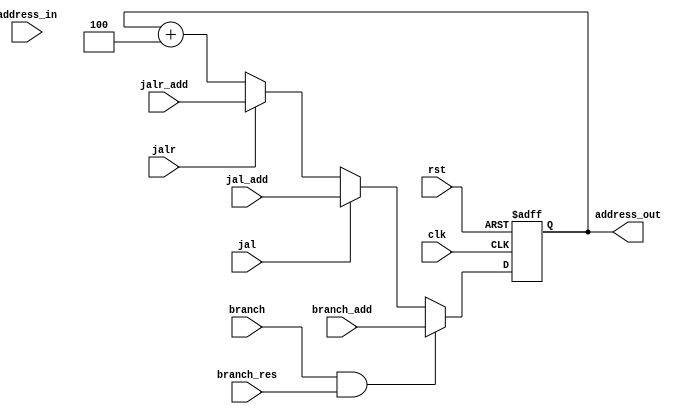
module pc (
    input wire clk,
    input wire rst,
    input wire branch,
    input wire jal,
    input wire jalr,
    input wire branch_res,
    input wire [31:0]address_in,
    input wire [31:0]branch_add,
    input wire [31:0]jal_add,
    input wire [31:0]jalr_add,
    output reg [31:0]address_out
);

always @(posedge clk or negedge rst) begin
    if(!rst)begin
        address_out <= 0;
    end
    else if(branch && branch_res ) begin
        address_out <= branch_add;
    end
    else if (jal) begin
        address_out <= jal_add;
    end
    else if (jalr) begin
        address_out <= jalr_add;
    end
    else begin
        address_out <= address_out + 32'd4;
    end
end
endmodule